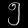
Digit: ၅